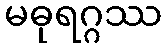
မဓုရဂ္ဂဿ